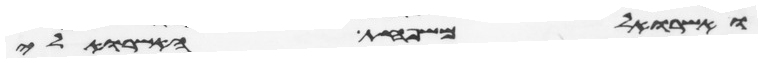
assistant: ואשרואל משפחת האשרואלי